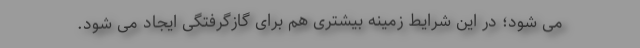
می شود؛ در این شرایط زمینه بیشتری هم برای گازگرفتگی ایجاد می شود.